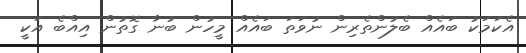
އެކަމަކު ބައެއް ބެލުންތެރިން ނުވަތަ ބައެއް މީހުން ބުނާ ގޮތުން އިއްބެ އަކީ